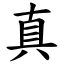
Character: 真